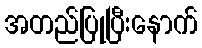
အတည်ပြုပြီးနောက်